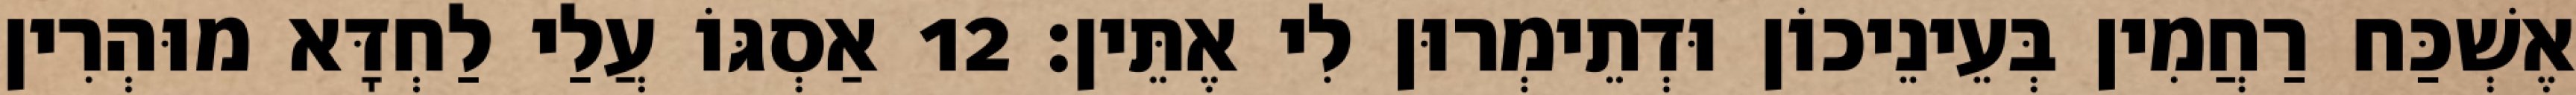
אֶשְׁכַּח רַחֲמִין בְּעֵינֵיכוֹן וּדְתֵימְרוּן לִי אֶתֵּין׃ 12 אַסְגּוֹ עֲלַי לַחְדָּא מוּהְרִין